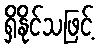
ရှိနိုင်သဖြင့်